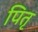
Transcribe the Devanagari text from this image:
पितृ